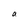
Character: a